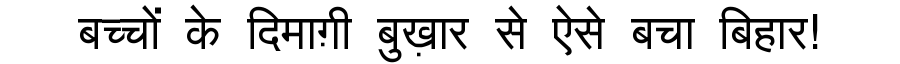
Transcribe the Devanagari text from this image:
बच्चों के दिमाग़ी बुख़ार से ऐसे बचा बिहार!